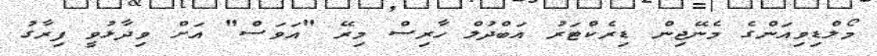
މޯލްޑިވިއަންގެ މެނޭޖިން ޑިރެކްޓަރު އަބްދުލް ހާރިސް މިރޭ "އަވަސް" އަށް ވިދާޅުވީ ފިރާގު